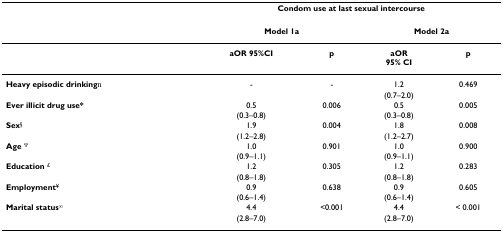
<table><thead><tr><td></td><td colspan="4"><b>Condom use at last sexual intercourse</b></td></tr></thead><tbody><tr><td></td><td colspan="2"><b>Model 1a</b></td><td colspan="2"><b>Model 2a</b></td></tr><tr><td></td><td><b>aOR 95%CI</b></td><td><b>p</b></td><td><b>aOR</b><b>95% CI</b></td><td><b>p</b></td></tr><tr><td><b>Heavy episodic drinking</b><sup>€</sup></td><td>-</td><td>-</td><td>1.2</td><td>0.469</td></tr><tr><td></td><td></td><td></td><td>(0.7–2.0)</td><td></td></tr><tr><td><b>Ever illicit drug use*</b></td><td>0.5</td><td>0.006</td><td>0.5</td><td>0.005</td></tr><tr><td></td><td>(0.3–0.8)</td><td></td><td>(0.3–0.8)</td><td></td></tr><tr><td><b>Sex</b><sup>§</sup></td><td>1.9</td><td>0.004</td><td>1.8</td><td>0.008</td></tr><tr><td></td><td>(1.2–2.8)</td><td></td><td>(1.2–2.7)</td><td></td></tr><tr><td><b>Age </b><sup>Ψ</sup></td><td>1.0</td><td>0.901</td><td>1.0</td><td>0.900</td></tr><tr><td></td><td>(0.9–1.1)</td><td></td><td>(0.9–1.1)</td><td></td></tr><tr><td><b>Education </b><sup>£</sup></td><td>1.2</td><td>0.305</td><td>1.2</td><td>0.283</td></tr><tr><td></td><td>(0.8–1.8)</td><td></td><td>(0.8–1.8)</td><td></td></tr><tr><td><b>Employment</b><sup>¥</sup></td><td>0.9</td><td>0.638</td><td>0.9</td><td>0.605</td></tr><tr><td></td><td>(0.6–1.4)</td><td></td><td>(0.6–1.4)</td><td></td></tr><tr><td><b>Marital status</b><sup>∞</sup></td><td>4.4</td><td>&lt;0.001</td><td>4.4</td><td>&lt; 0.001</td></tr><tr><td></td><td>(2.8–7.0)</td><td></td><td>(2.8–7.0)</td><td></td></tr></tbody></table>